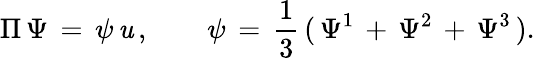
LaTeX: \Pi\, \Psi\, =\, \psi\, \mathit{u}\, ,\qquad\psi\, =\, {\frac{{1}}{{3}}}\, (\, \Psi^{1}\, +\, \Psi^{2}\, +\, \Psi^{3}\, ).